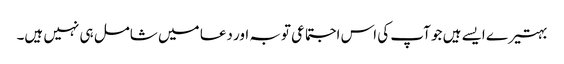
بہتیرے ایسے ہیں جو آپ کی اس اجتماعی توبہ اور دعا میں شامل ہی نہیں ہیں۔